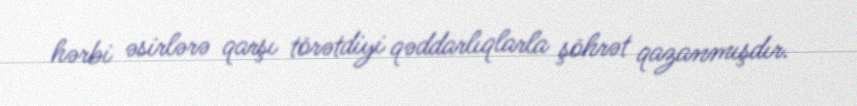
hərbi əsirlərə qarşı törətdiyi qəddarlıqlarla şöhrət qazanmışdır.